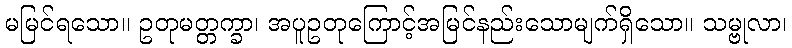
မမြင်ရသော။ ဥတုမတ္တက္ခာ၊ အပူဥတုကြောင့်အမြင်နည်းသောမျက်ရှိသော။ သမ္ဗုလာ၊